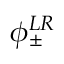
\phi _ { \pm } ^ { L R }